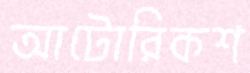
আটোরিকশ